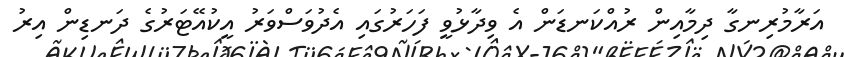
އަރާމުރިނގާ ދިމާއިން ރުއްކަނޑަން އެ ވިދާޅުވީ ފަހަރުގައި އެދުވަސްވަރު އީކުއޭޓަރުގެ ދަނޑިން އިރު